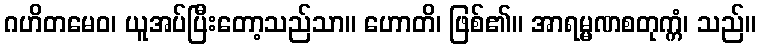
ဂဟိတမေဝ၊ ယူအပ်ပြီးတော့သည်သာ။ ဟောတိ၊ ဖြစ်၏။ အာရမ္မဏစတုက္ကံ၊ သည်။